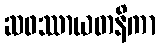
ဆဖဿာယတနိကာ